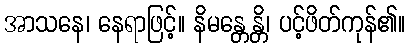
အာသနေ၊ နေရာဖြင့်။ နိမန္တေန္တိ၊ ပင့်ဖိတ်ကုန်၏။